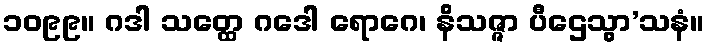
၁၀၉၉။ ဂဒါ သတ္ထေ ဂဒေါ ရောဂေ၊ နိသဇ္ဇာ ပီဌေသွာ’သနံ။